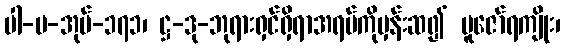
ပါ-ပ-အုပ်-၁၇၁၊ ဋ္ဌ-ဒု-ဘုရားရှင်ရှိရာအရပ်ကိုမှန်းဆ၍ ပူဇော်ရကျိုး၊